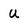
Character: U